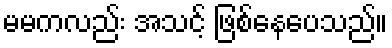
မမကလည်း အသင့် ဖြစ်နေပေသည်။